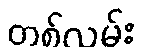
တစ်လမ်း